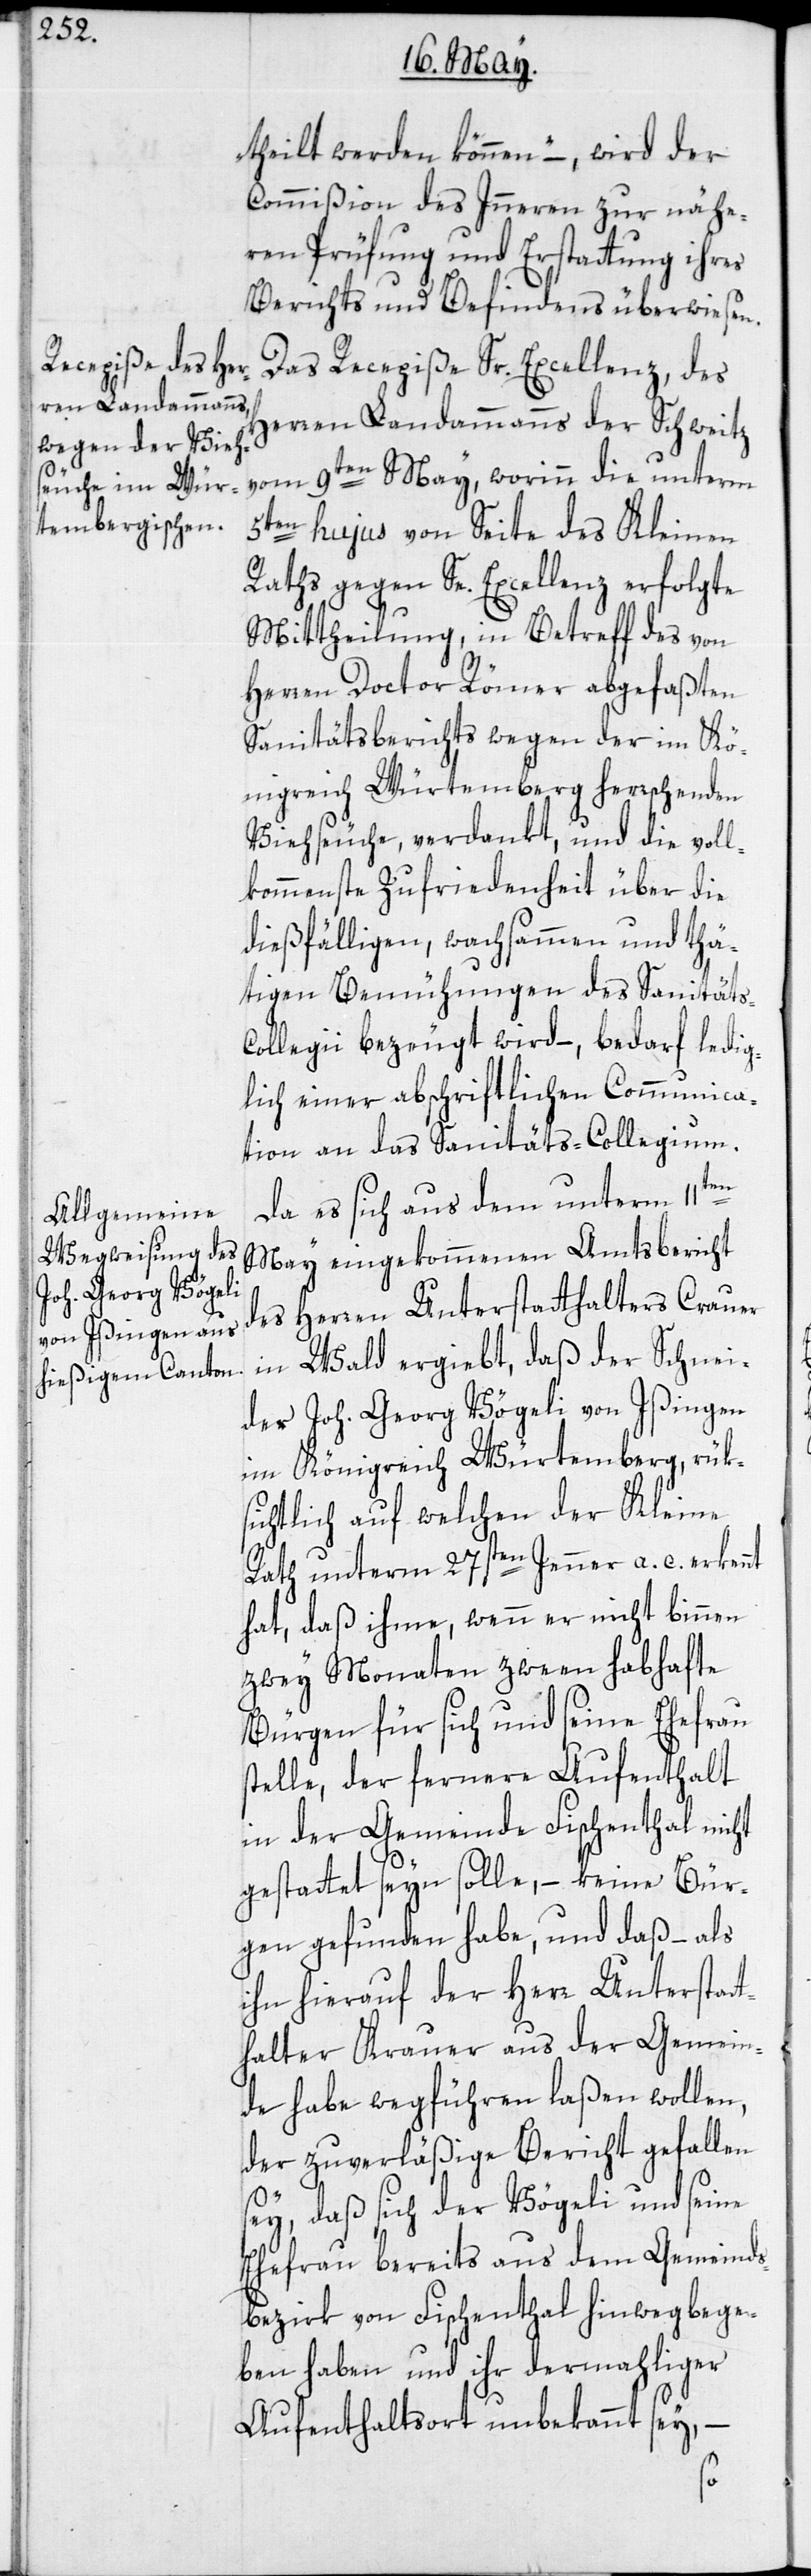
theilt werden können“ –, wird der
Commißion des Inneren zur nähe¬
ren Prüfung und Erstattung ihres
Berichts und Befindens überwiesen.
Das Recepiße Sr. Excellenz, des
Herren Landammanns der Schweitz
vom 9ten May, worinn die unterm
5ten hujus von Seite des Kleinen
Raths gegen Se. Excellenz erfolgte
Mittheilung, in Betreff des von
Herren Doctor Römer abgefaßten
Sanitätsberichts wegen der im Kö¬
nigreich Würtemberg herrschenden
Viehseuche, verdankt, und die voll¬
kommenste Zufriedenheit über die
dießfälligen, wachsammen und thä¬
tigen Bemühungen des Sanitäts-C¬
ollegii bezeugt wird –, bedarf ledig¬
lich einer abschriftlichen Communica¬
tion an das Sanitäts-Collegium.
Da es sich aus dem unterm 11ten
May eingekommenen Amtsbericht
des Herren Unterstatthalters Crauer
in Wald ergiebt, daß der Schnei¬
der Joh. Georg Vögeli von Ißingen
im Königreich Würtemberg, rük¬
sichtlich auf welchen der Kleine
Rath unterm 27sten Jenner a. c. erken¬
hat, daß ihme, wenn er nicht binnen
zwey Monaten zween habhafte
Bürgen für sich und seine Ehefrau
stelle, der fernere Aufenthalt
in der Gemeinde Fischenthal nicht
gestatt seyn solle, – keine Bür¬
gen gefunden habe, und daß – als
ihn hierauf der Herr Unterstat¬
thalter Krauer aus der Gemein¬
de habe wegführen laßen wollen,
der zuverläßige Bericht gefallen
sey, daß sich der Vögeli und seine
Ehefrau bereits aus dem Gemeinds¬
bezirk von Fischenthal hinwegbege¬
ben haben und ihr dermahliger
Aufenthaltsort unbekannt sey, –
nt